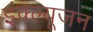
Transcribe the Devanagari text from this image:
इंक्ल्यूजन